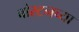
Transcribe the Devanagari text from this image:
बोस्टनच्या